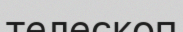
телескоп